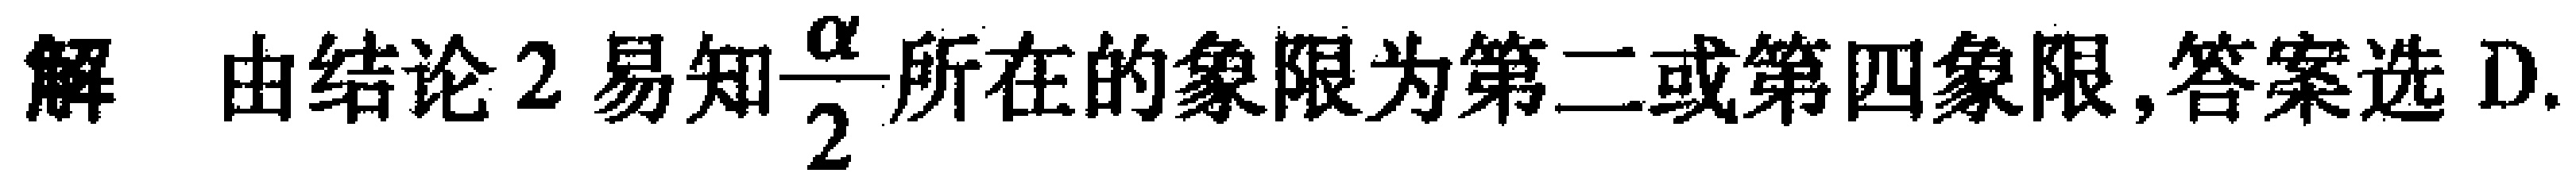
解 由结论 2 易知$\frac{\alpha}{2}$所在的象限为第二或第四象限,答案选 D.